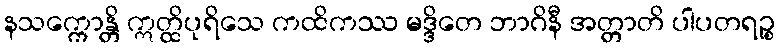
နသက္ကောန္တိ ဣတ္ထိပုရိသေ ကထိကဿ မဒ္ဒိတေ ဘာဂိနီ အတ္တာတိ ပါပတရဉ္စ